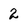
Character: 2